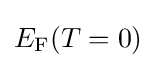
E_{\rm {F}}(T=0)